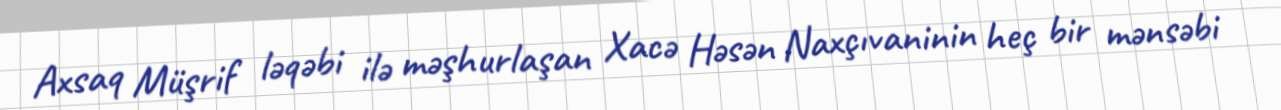
Axsaq Müşrif ləqəbi ilə məşhurlaşan Xacə Həsən Naxçıvaninin heç bir mənsəbi